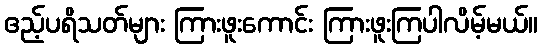
ဧည့်ပရိသတ်များ ကြားဖူးကောင်း ကြားဖူးကြပါလိမ့်မယ်။